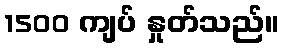
1500 ကျပ် နှုတ်သည်။